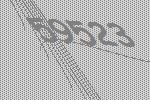
59523